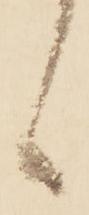
候